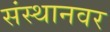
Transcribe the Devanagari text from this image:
संस्थानवर